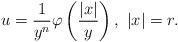
LaTeX: \begin{align*}u=\frac{1}{y^n}\varphi\left(\frac{|x|}{y}\right),~|x|=r.\end{align*}